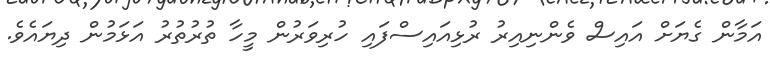
އަމާން ގެޔަށް އައިސް ވެންނިއިރު ރުޅިއައިސްފައި ހުރިވަރުން މީހާ ތުރުތުރު އަޅަމުން ދިޔައެވެ.